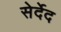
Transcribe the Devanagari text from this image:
सेर्देद